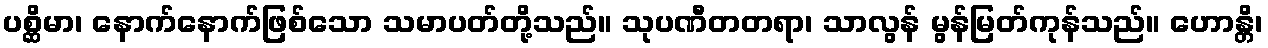
ပစ္ဆိမာ၊ နောက်နောက်ဖြစ်သော သမာပတ်တို့သည်။ သုပဏီတတရာ၊ သာလွန် မွန်မြတ်ကုန်သည်။ ဟောန္တိ၊